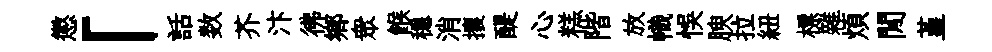
懲「話数芥汴彿鄉衆餱穩消攘醍心糕階放幟悞腴拉紐標雜煩閒堇